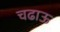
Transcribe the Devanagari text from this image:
चढाऊ